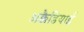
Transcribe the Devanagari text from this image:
अक्कैडियाई